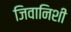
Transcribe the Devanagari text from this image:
जिवानिशी